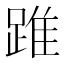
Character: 踓